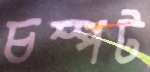
চম্পট